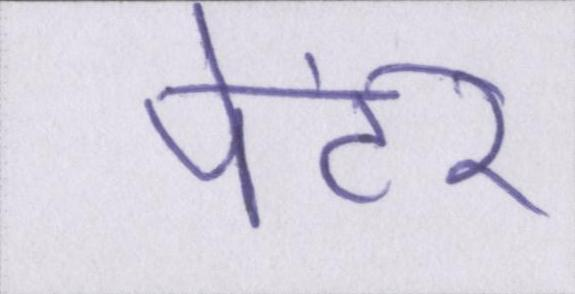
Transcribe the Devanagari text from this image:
पेंटर